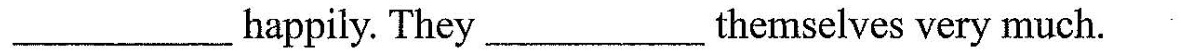
___ happily. They ___ themselves very much.